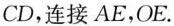
CD$$，连接AE，OE。